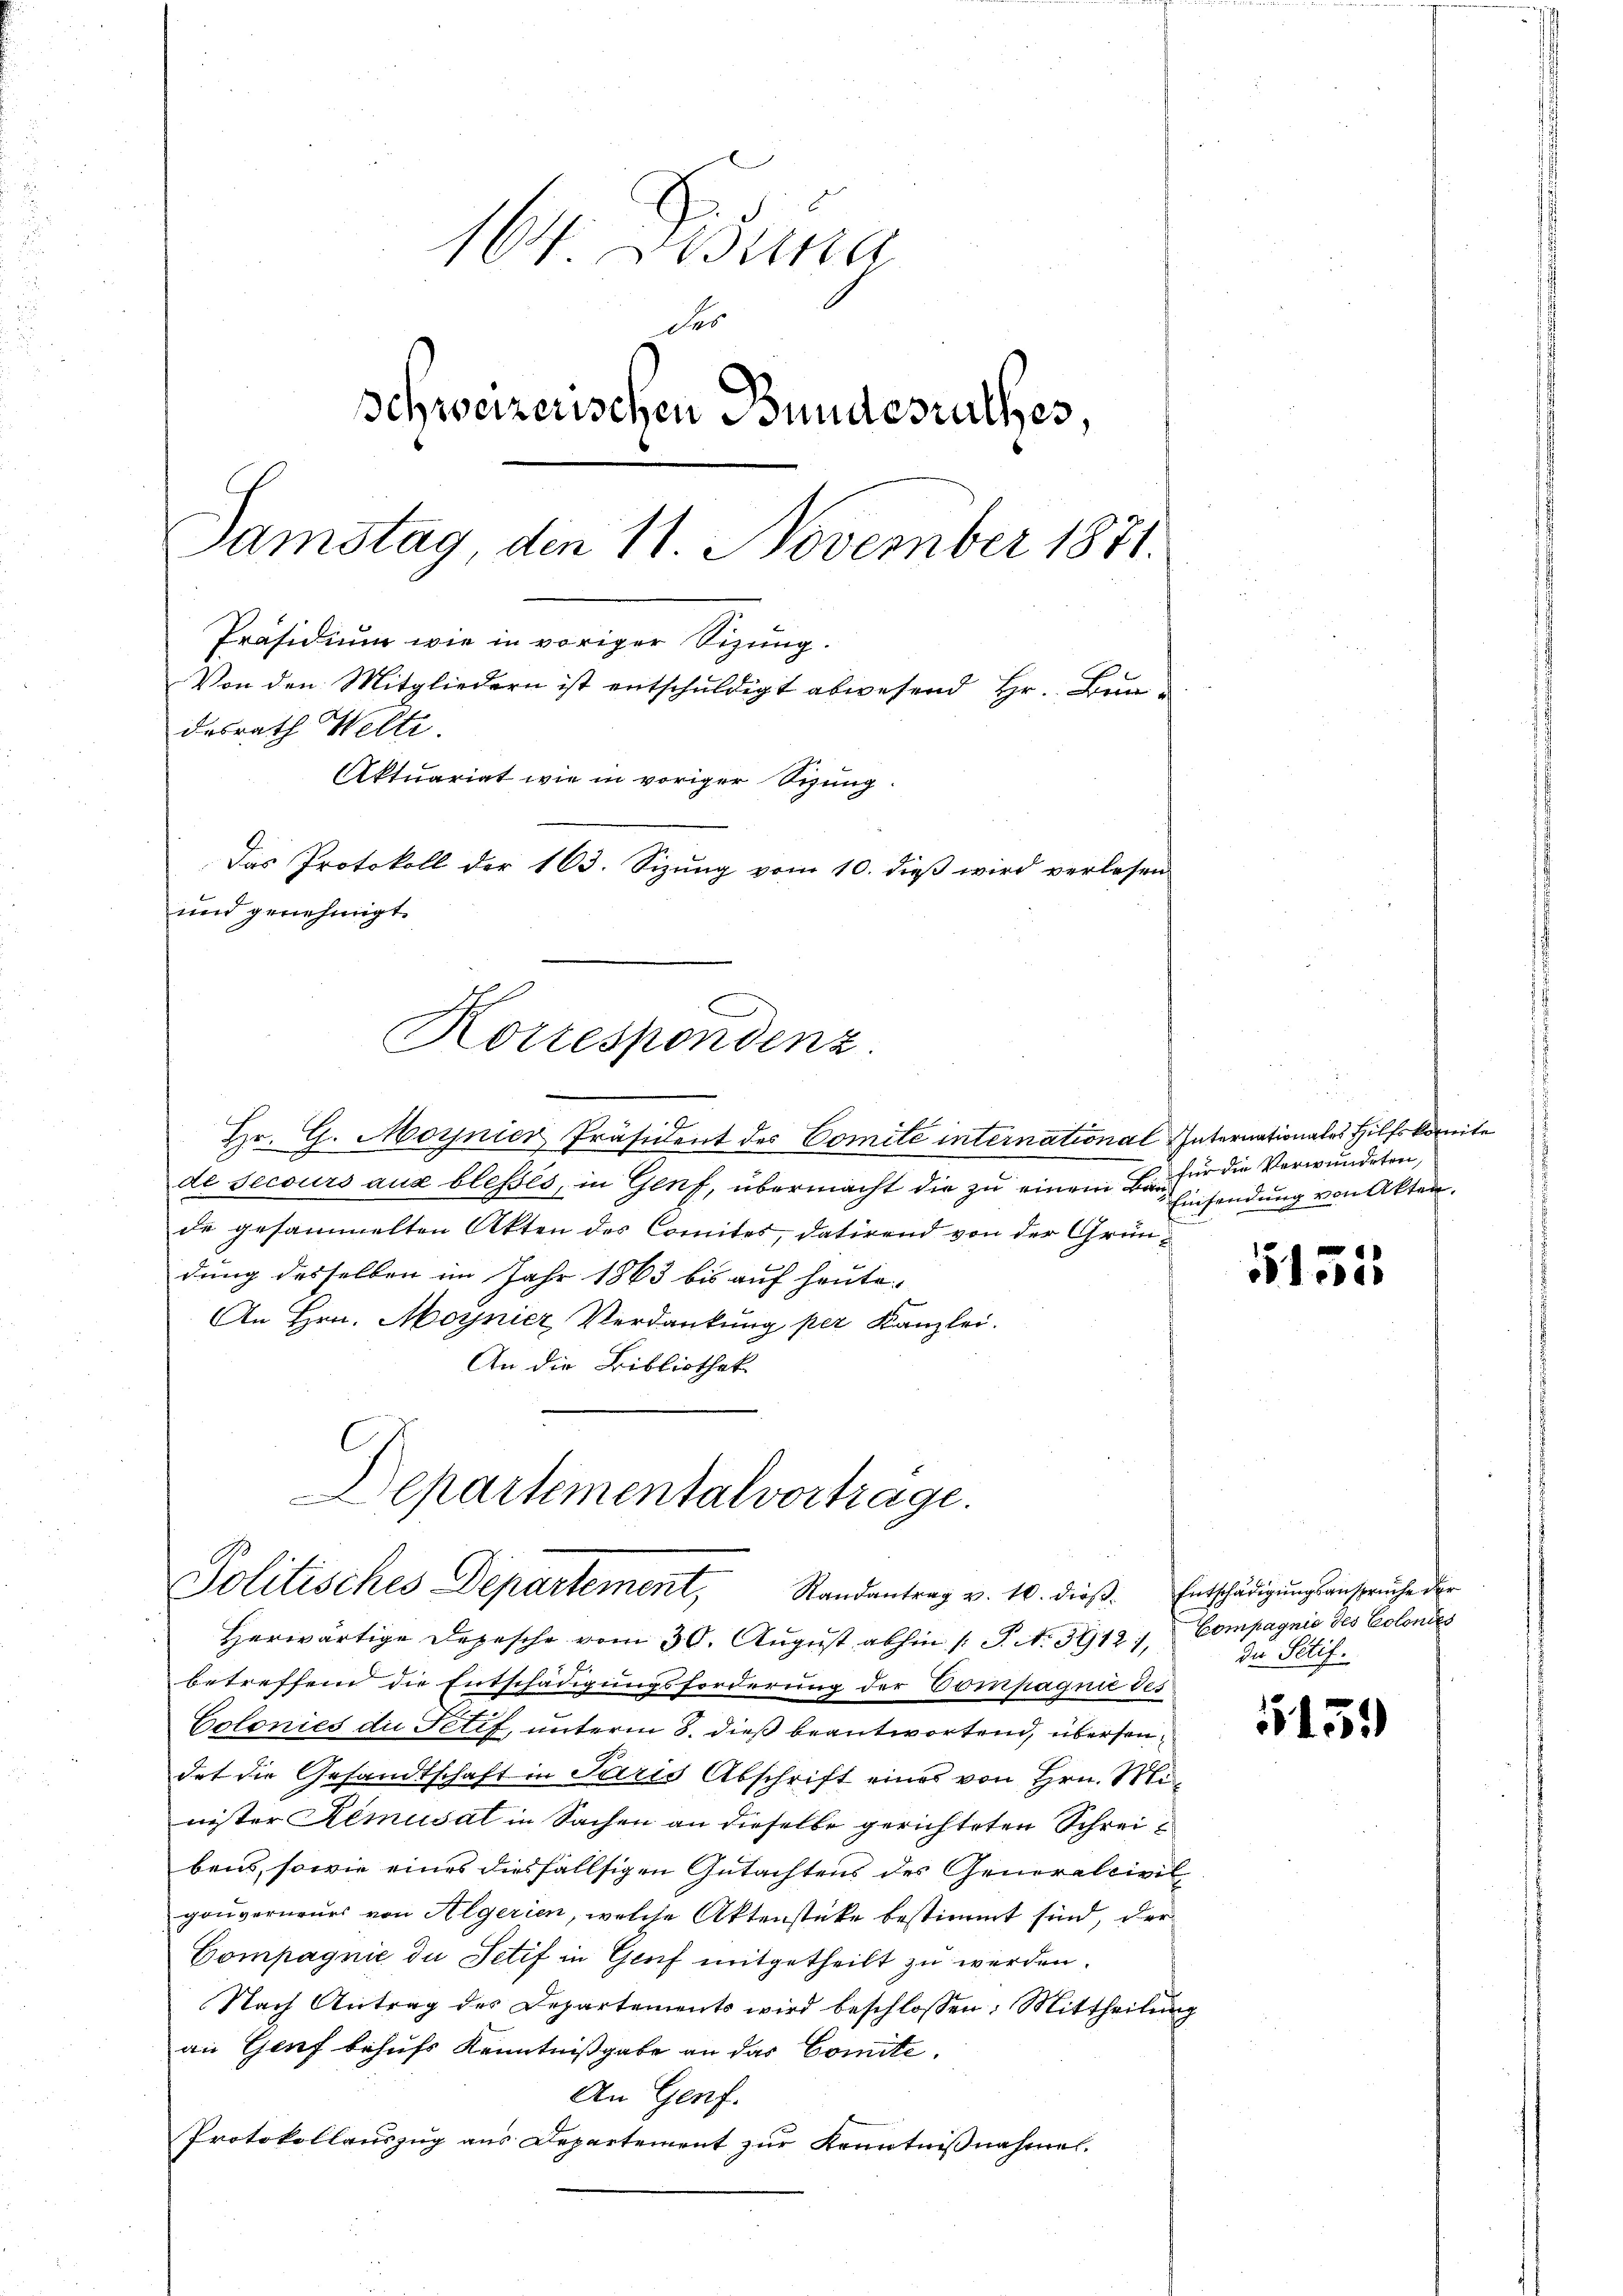
164. Desina
des
Schweizerischen Bundesrathes,
Samstag, den 11. November 1871.
Präsidium wie in voriger Sizung.
Von den Mitgliedern ist entschuldigt abwesend Hr. Bundesrath Welti.
Aktuariat wie in voriger Sitzung.
Das Protokoll der 163. Sizung vom 10. dieß wird verlesen
und genehmigt.

Korrespondenz

Politisches Departement, Randantrag v. 10. dieβ. Entschädigŭngsansprüche der

Hr. G. Moynier Präsident des Comite international Internationales Hilfskomite
de secours aus blessés, in Genf, übermacht die zu einem Befür die Verwundeten,
de gesammelten Akten des Comites, datirend von der Gründung desselben im Jahr 1863 bis auf heute-
An Hrn. Moynier Verdankung per Kanzlei.
An die Bibliothek.
Departementalvortrage.

Herwärtige Depesche vom 30. August abhin /: P. N. 3912, Compagnie des Colonis
betreffend die Entschädigungsforderung der Compagnie des
Colonies die Petif, unterm 8. dieß beantwortend, übersendet die Gesandtschaft in Paris Abschrift eines von Hrn. Minister Remusal in Sachen an dieselbe gerichteten Schreibens, sowie eines diesfällsigen Gutachtens des Generalcivil
gouverneurs von Algerien, welche Aktenstücke bestimmt sind, der
Compagnie die Setif in Genf mitgetheilt zu werden.
Nach Antrag des Departements wird beschlossen: Mittheilŭng
an Genf behufs Kenntnißgabe an das Comite.
An Genf.
Protokollauszug aus Departement zur Kenntnisnahme

Einsendung von Akten.

de Sitif.

55155

5159